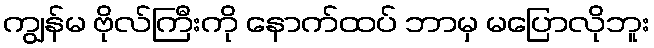
ကျွန်မ ဗိုလ်ကြီးကို နောက်ထပ် ဘာမှ မပြောလိုဘူး